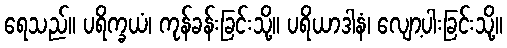
ရေသည်။ ပရိက္ခယံ၊ ကုန်ခန်းခြင်းသို့။ ပရိယာဒါနံ၊ လျော့ပါးခြင်းသို့။